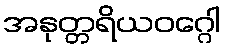
အနုတ္တရိယဝဂ္ဂေါ